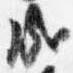
成